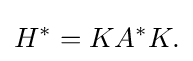
\displaystyle {H^{*}=KA^{*}K.}